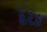
દરક